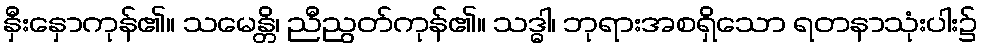
နှီးနှောကုန်၏။ သမေန္တိ၊ ညီညွတ်ကုန်၏။ သဒ္ဓါ၊ ဘုရားအစရှိသော ရတနာသုံးပါး၌